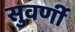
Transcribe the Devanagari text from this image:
सुवर्णी